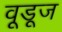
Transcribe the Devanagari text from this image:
वूडूज